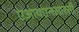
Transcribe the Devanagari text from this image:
एआयएनआरसी